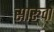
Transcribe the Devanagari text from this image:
सारुवा